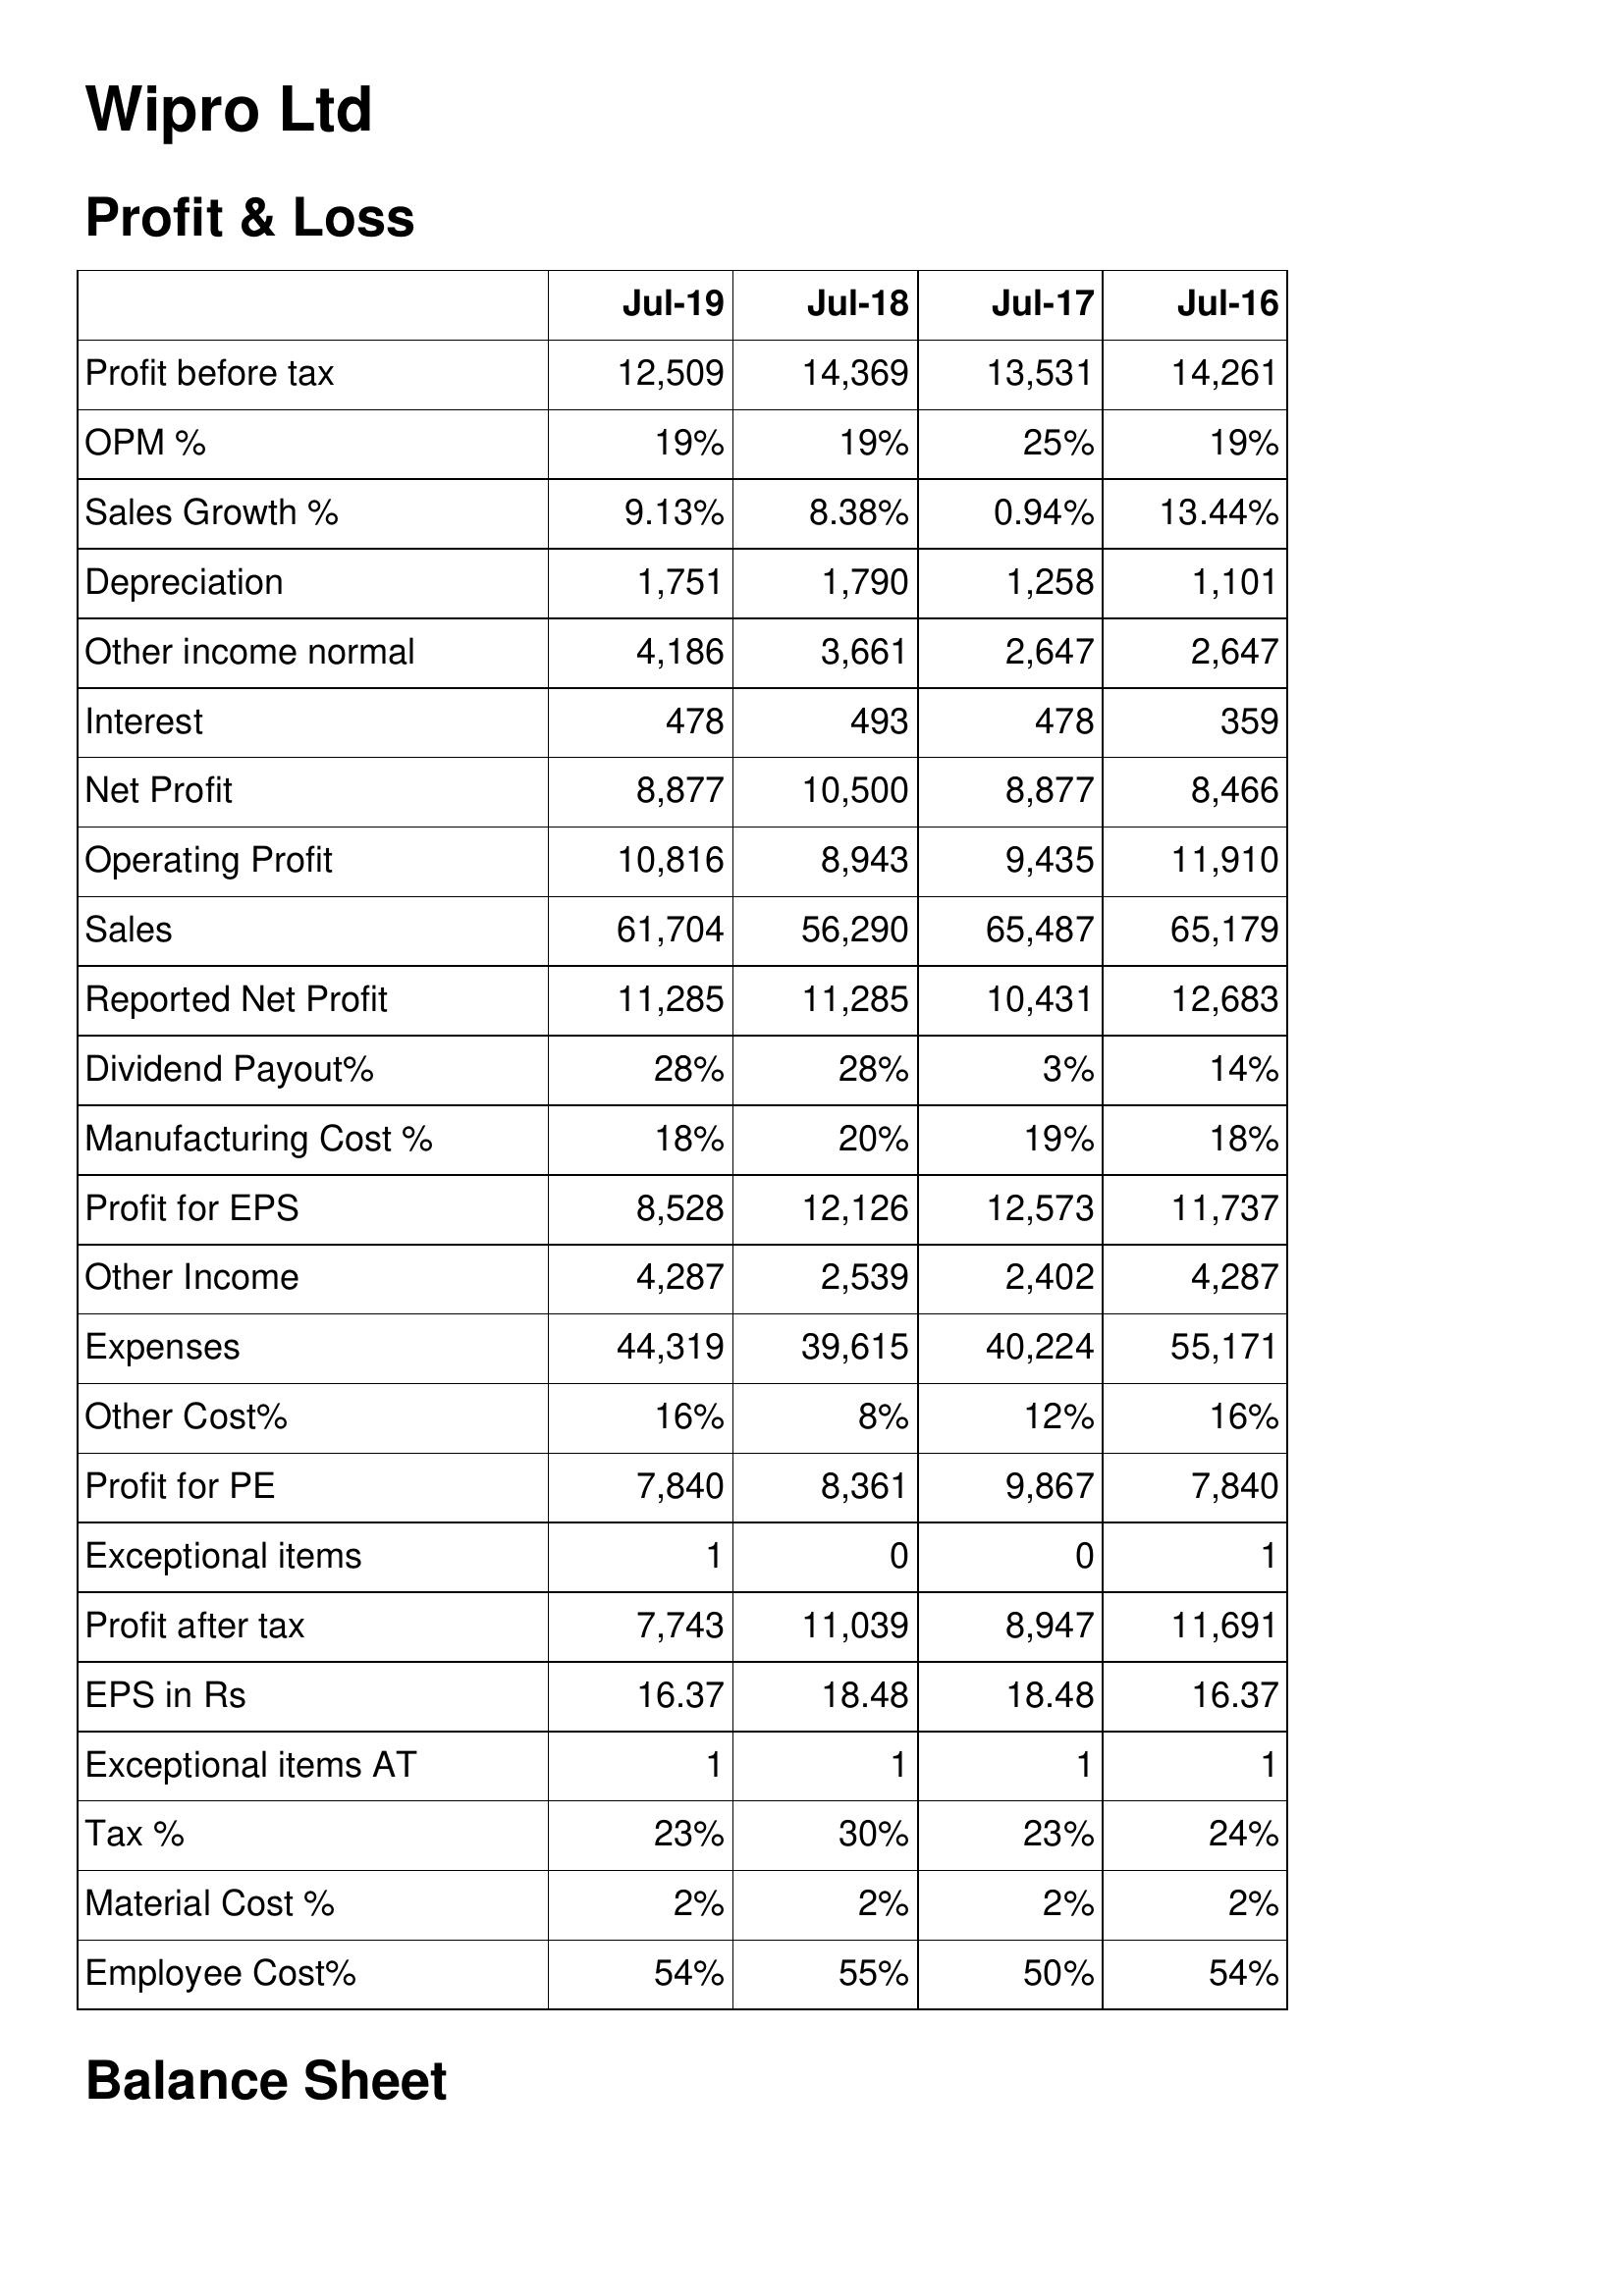
Jul-19: Profit & Loss: Profit before tax: 12,509
OPM %: 19%
Sales Growth %: 9.13%
Depreciation: 1,751
Other income normal: 4,186
Interest: 478
Net Profit: 8,877
Operating Profit: 10,816
Sales: 61,704
Reported Net Profit: 11,285
Dividend Payout%: 28%
Manufacturing Cost %: 18%
Profit for EPS: 8,528
Other Income: 4,287
Expenses: 44,319
Other Cost%: 16%
Profit for PE: 7,840
Exceptional items: 1
Profit after tax: 7,743
EPS in Rs: 16.37
Exceptional items AT: 1
Tax %: 23%
Material Cost %: 2%
Employee Cost%: 54%
Jul-18: Profit & Loss: Profit before tax: 14,369
OPM %: 19%
Sales Growth %: 8.38%
Depreciation: 1,790
Other income normal: 3,661
Interest: 493
Net Profit: 10,500
Operating Profit: 8,943
Sales: 56,290
Reported Net Profit: 11,285
Dividend Payout%: 28%
Manufacturing Cost %: 20%
Profit for EPS: 12,126
Other Income: 2,539
Expenses: 39,615
Other Cost%: 8%
Profit for PE: 8,361
Exceptional items: 0
Profit after tax: 11,039
EPS in Rs: 18.48
Exceptional items AT: 1
Tax %: 30%
Material Cost %: 2%
Employee Cost%: 55%
Jul-17: Profit & Loss: Profit before tax: 13,531
OPM %: 25%
Sales Growth %: 0.94%
Depreciation: 1,258
Other income normal: 2,647
Interest: 478
Net Profit: 8,877
Operating Profit: 9,435
Sales: 65,487
Reported Net Profit: 10,431
Dividend Payout%: 3%
Manufacturing Cost %: 19%
Profit for EPS: 12,573
Other Income: 2,402
Expenses: 40,224
Other Cost%: 12%
Profit for PE: 9,867
Exceptional items: 0
Profit after tax: 8,947
EPS in Rs: 18.48
Exceptional items AT: 1
Tax %: 23%
Material Cost %: 2%
Employee Cost%: 50%
Jul-16: Profit & Loss: Profit before tax: 14,261
OPM %: 19%
Sales Growth %: 13.44%
Depreciation: 1,101
Other income normal: 2,647
Interest: 359
Net Profit: 8,466
Operating Profit: 11,910
Sales: 65,179
Reported Net Profit: 12,683
Dividend Payout%: 14%
Manufacturing Cost %: 18%
Profit for EPS: 11,737
Other Income: 4,287
Expenses: 55,171
Other Cost%: 16%
Profit for PE: 7,840
Exceptional items: 1
Profit after tax: 11,691
EPS in Rs: 16.37
Exceptional items AT: 1
Tax %: 24%
Material Cost %: 2%
Employee Cost%: 54%